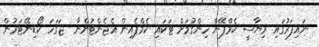
ނައިފަރުގައި ރިޔާސީ ކެމްޕޭން ހިންގުމަށް ޓަކައި ކެމްޕެއިން އެޖެންޓުންނާ  ޖަގަހަ ކޯޑިނޭޓަރުން